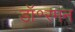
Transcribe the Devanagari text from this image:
डॉ॰रमन